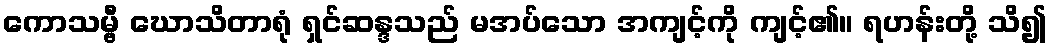
ကောသမ္ဗီ ဃောသိတာရုံ ရှင်ဆန္ဒသည် မအပ်သော အကျင့်ကို ကျင့်၏။ ရဟန်းတို့ သိ၍